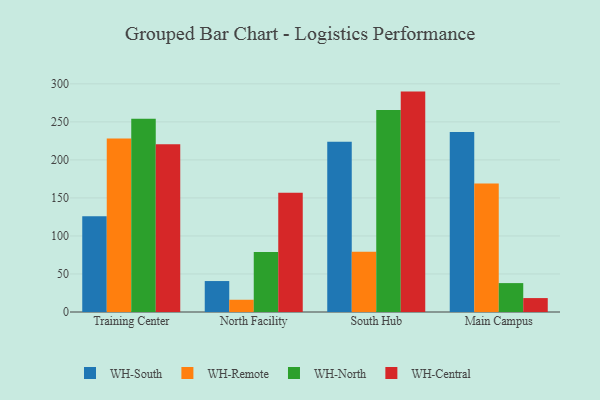
{"axis": {"x": "Campus", "y": "Latency (ms)"}, "legend": ["WH-Central", "WH-North", "WH-Remote", "WH-South"], "data": [{"x": "Training Center", "y": 125.9, "type": "WH-South"}, {"x": "Training Center", "y": 228.2, "type": "WH-Remote"}, {"x": "Training Center", "y": 254.2, "type": "WH-North"}, {"x": "Training Center", "y": 220.7, "type": "WH-Central"}, {"x": "North Facility", "y": 40.7, "type": "WH-South"}, {"x": "North Facility", "y": 16.1, "type": "WH-Remote"}, {"x": "North Facility", "y": 78.9, "type": "WH-North"}, {"x": "North Facility", "y": 156.8, "type": "WH-Central"}, {"x": "South Hub", "y": 223.7, "type": "WH-South"}, {"x": "South Hub", "y": 79.2, "type": "WH-Remote"}, {"x": "South Hub", "y": 265.7, "type": "WH-North"}, {"x": "South Hub", "y": 289.8, "type": "WH-Central"}, {"x": "Main Campus", "y": 236.7, "type": "WH-South"}, {"x": "Main Campus", "y": 169.0, "type": "WH-Remote"}, {"x": "Main Campus", "y": 38.0, "type": "WH-North"}, {"x": "Main Campus", "y": 18.3, "type": "WH-Central"}]}